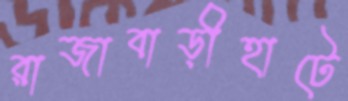
রাজাবাড়ীহাটে